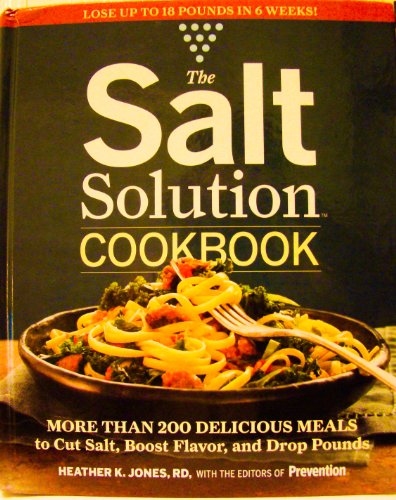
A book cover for The Salt Solution Cookbook; Heather K. Jones; Cookbooks, Food & Wine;